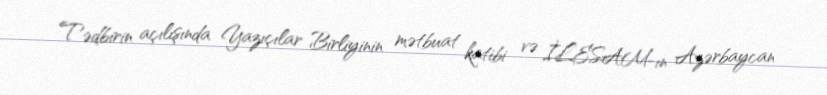
Tədbirin açılışında Yazıçılar Birliyinin mətbuat katibi və İLESAM-ın Azərbaycan